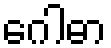
ဂေါဓာ